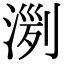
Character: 𣸟